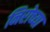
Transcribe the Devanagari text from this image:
निरोच्या